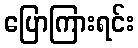
ပြောကြားရင်း